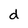
Character: d